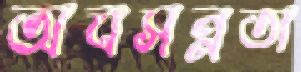
অবসন্নতা